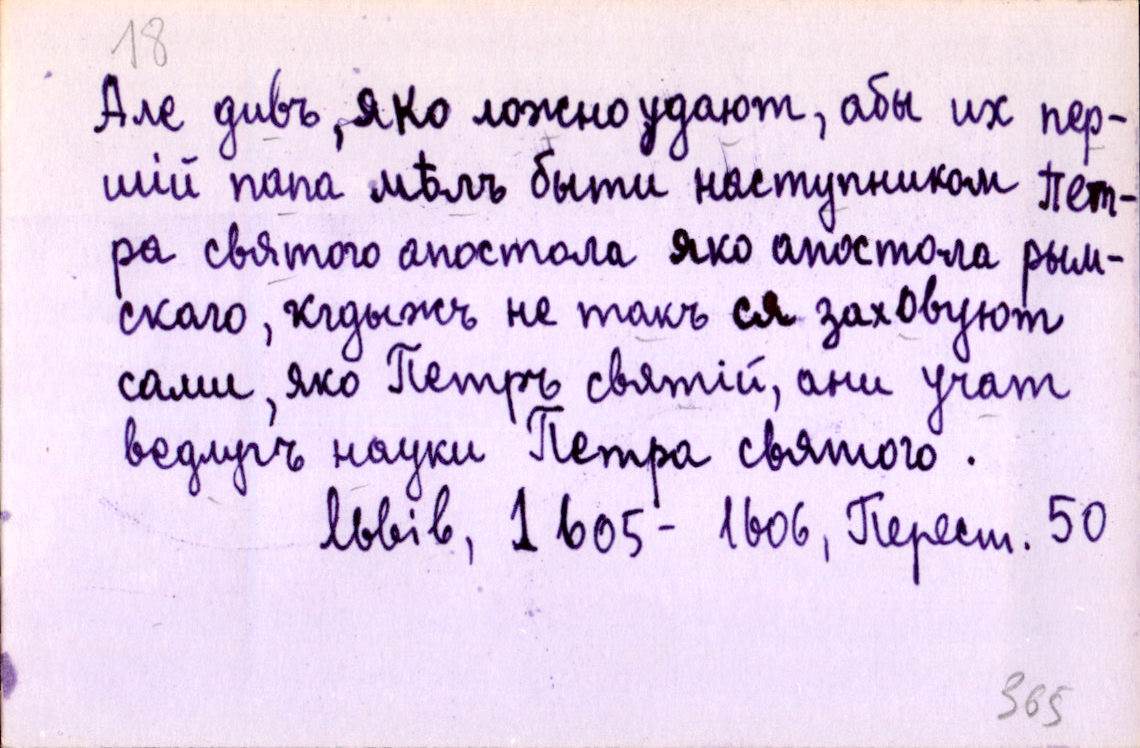
Але дивъ, яко ложно удают, абы их пер-
шій папа мѣлъ быти наступником Пе-
тра святого апостола яко апостола рым-
скаго, кгдыжъ не такъ ся заховуют
сами, яко Петръ святій, они учат
ведлугъ науки Петра святого.
Львів, 1605-1606, Перест. 50